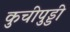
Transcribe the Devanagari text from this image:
कुचीपुड्डी